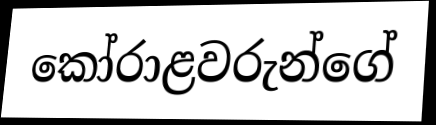
කෝරාළවරුන්ගේ